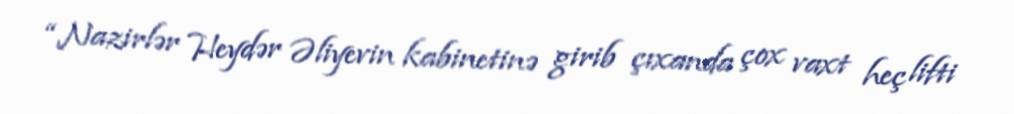
“Nazirlər Heydər Əliyevin kabinetinə girib çıxanda çox vaxt heç lifti